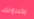
يخبرونك